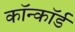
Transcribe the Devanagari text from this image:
कॉन्कॉर्ड